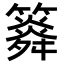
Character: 𥶒